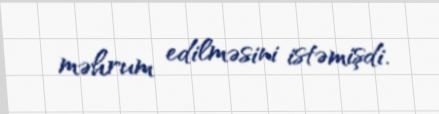
məhrum edilməsini istəmişdi.